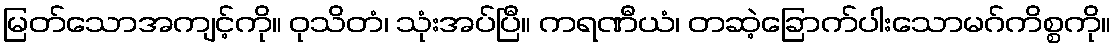
မြတ်သောအကျင့်ကို။ ဝုသိတံ၊ သုံးအပ်ပြီ။ ကရဏီယံ၊ တဆဲ့ခြောက်ပါးသောမဂ်ကိစ္စကို။